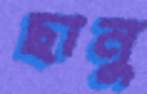
ছানু